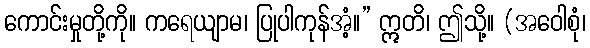
ကောင်းမှုတို့ကို။ ကရေယျာမ၊ ပြုပါကုန်အံ့။” ဣတိ၊ ဤသို့။ (အဝေါစုံ၊